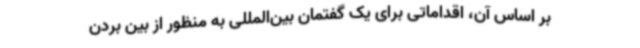
بر اساس آن، اقداماتی برای یک گفتمان بین‌المللی به منظور از بین بردن